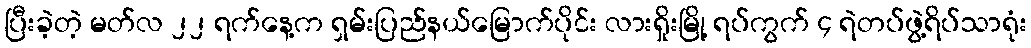
ပြီးခဲ့တဲ့ မတ်လ ၂၂ ရက်နေ့က ရှမ်းပြည်နယ်မြောက်ပိုင်း လားရှိုးမြို့ ရပ်ကွက် ၄ ရဲတပ်ဖွဲ့ရိပ်သာရုံး